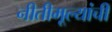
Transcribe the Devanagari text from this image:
नीतीमूल्यांची